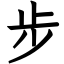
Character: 步